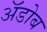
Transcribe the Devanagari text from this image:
अॅडोब